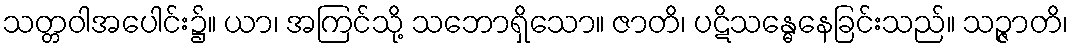
သတ္တဝါအပေါင်း၌။ ယာ၊ အကြင်သို့ သဘောရှိသော။ ဇာတိ၊ ပဋိသန္ဓေနေခြင်းသည်။ သဉ္ဇာတိ၊